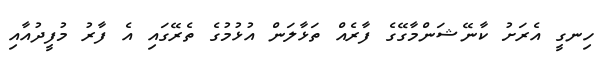
ހިނގީ އެރަށު ކާނޭޝަންމާގޭގެ ފާރެއް ތަޅާލަން އުޅުމުގެ ތެރޭގައި އެ ފާރު މުފީދުއާއި